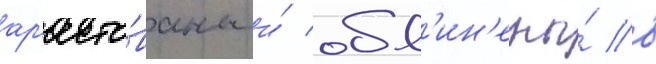
ар'есто́ваны и́ обв'ин'ены́ в